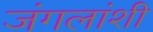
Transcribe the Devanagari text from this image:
जंगलांशी